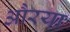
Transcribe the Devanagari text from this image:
औरया